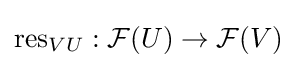
\mathrm {res} _{VU}:{\mathcal {F}}(U)\to {\mathcal {F}}(V)